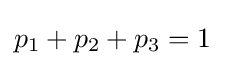
p_{1}+p_{2}+p_{3}=1